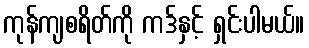
ကုန်ကျစရိတ်ကို ကဒ်နှင့် ရှင်းပါမယ်။